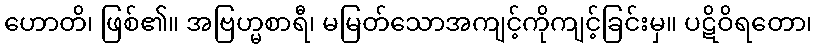
ဟောတိ၊ ဖြစ်၏။ အဗြဟ္မစာရီ၊ မမြတ်သောအကျင့်ကိုကျင့်ခြင်းမှ။ ပဋိဝိရတော၊